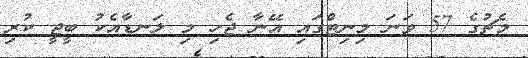
މެޗުގެ 57 ވަނަ މިނިޓްގައި އޭނާ ޖެހި މި ލަނޑާއެކު ބީޖީ ކުރި